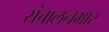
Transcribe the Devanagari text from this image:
संचालनभार